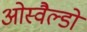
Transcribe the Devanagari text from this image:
ओस्वैल्डो